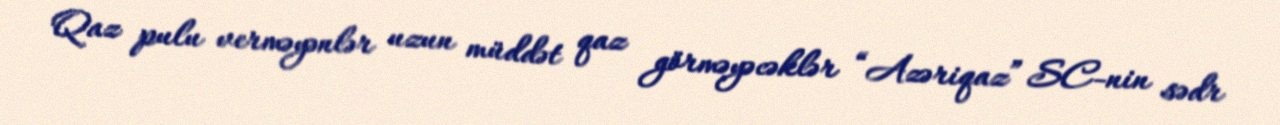
Qaz pulu verməyənlər uzun müddət qaz görməyəcəklər “Azəriqaz” SC-nin sədr